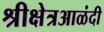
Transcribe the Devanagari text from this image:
श्रीक्षेत्रआळंदी